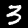
Label: 3